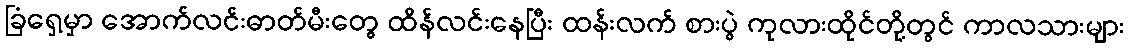
ခြံရှေ့မှာ အောက်လင်းဓာတ်မီးတွေ ထိန်လင်းနေပြီး ထန်းလက် စားပွဲ ကုလားထိုင်တို့တွင် ကာလသားများ